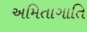
અમિતાગાતિ